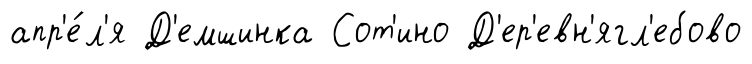
апр'е́л'я Д'емшинка Сот'ино Д'ер'евн'ягл'ебово